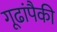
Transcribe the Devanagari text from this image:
गूढांपैकी